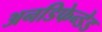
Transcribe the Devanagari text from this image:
अनडिफेन्डेड